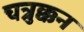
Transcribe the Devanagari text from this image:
चत्रुक्कन